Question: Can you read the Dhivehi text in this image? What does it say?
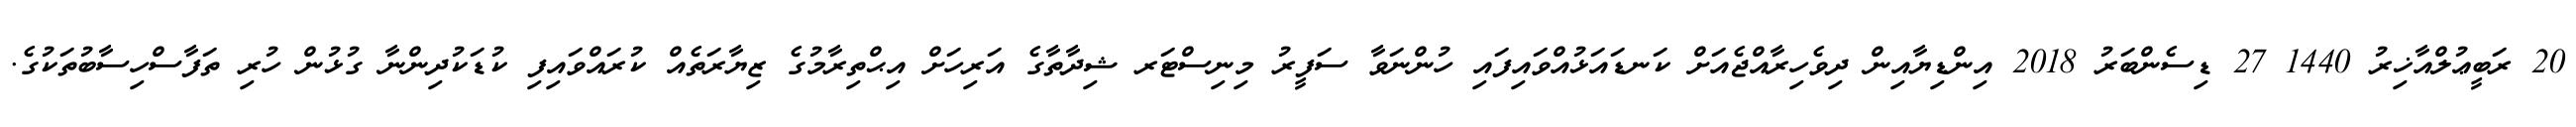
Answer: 20 ރަބީޢުލްއާޚިރު 1440 27 ޑިސެންބަރު 2018 އިންޑިޔާއިން ދިވެހިރާއްޖެއަށް ކަނޑައަޅުއްވައިފައި ހުންނަވާ ސަފީރު މިނިސްޓަރ ޝިދާތާގެ އަރިހަށް އިޙްތިރާމުގެ ޒިޔާރަތެއް ކުރައްވައިފި ކުޑަކުދިންނާ ގުޅުން ހުރި ތަފާސްހިސާބުތަކުގެ.